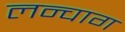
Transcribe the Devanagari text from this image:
लन्चाग